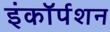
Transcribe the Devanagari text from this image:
इंकॉर्पशन